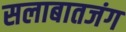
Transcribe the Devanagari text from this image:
सलाबातजंग